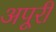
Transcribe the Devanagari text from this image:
अपूरी